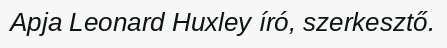
Apja Leonard Huxley író, szerkesztő.